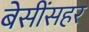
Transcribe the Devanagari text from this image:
बेसींसहर